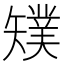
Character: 𥐁